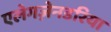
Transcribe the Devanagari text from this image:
एलेगज़ेनडरिया